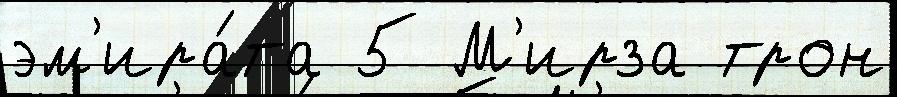
эм'ира́та 5 М'ирза трон